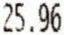
25.96